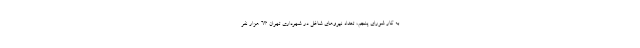
به کار شورای پنجم، تعداد نیروهای شاغل در شهرداری تهران ۶۳ هزار نفر